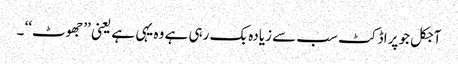
آجکل جو پراڈکٹ سب سے زیادہ بک رہی ہے وہ یہی ہے یعنی ’’جھوٹ‘‘ ۔